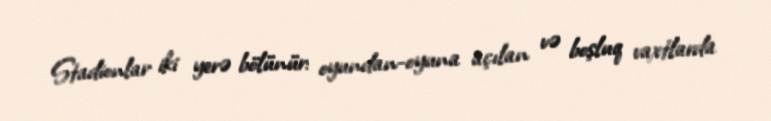
Stadionlar iki yerə bölünür: oyundan-oyuna açılan və boşluq vaxtlarda